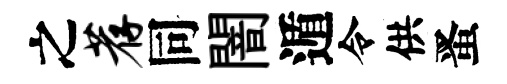
之荐同闇遁令供󱉠